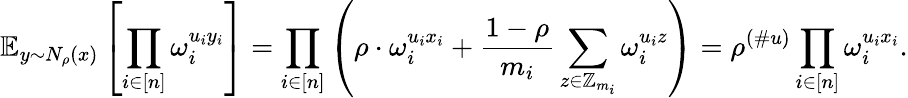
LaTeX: \mathbb{E}_{y\sim N_{\rho}(x)}\left[\prod_{i\in[n]}\omega_{i}^{u_{i}y_{i}}\right]=\prod_{i\in[n]}\left(\rho\cdot\omega_{i}^{u_{i}x_{i}}+\frac{1-\rho}{m_{i}}\sum_{z\in\mathbb{Z}_{m_{i}}}\omega_{i}^{u_{i}z}\right)=\rho^{(\# u)}\prod_{i\in[n]}\omega_{i}^{u_{i}x_{i}}.